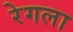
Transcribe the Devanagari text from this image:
रेगला